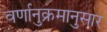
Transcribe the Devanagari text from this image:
वर्णानुक्रमानुसार